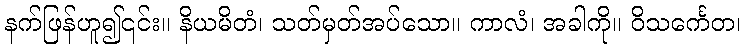
နက်ဖြန်ဟူ၍၎င်း။ နိယမိတံ၊ သတ်မှတ်အပ်သော။ ကာလံ၊ အခါကို။ ဝိသင်္ကေတ၊